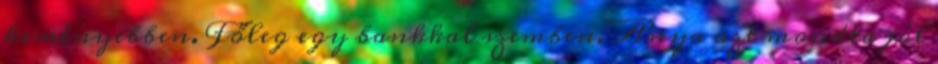
keményebben. Főleg egy bankkal szemben. Anya azt mondta jól